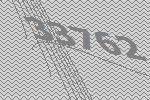
33762